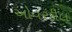
ઓવરકીલ